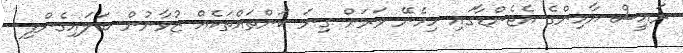
ރައީސް ޔާމިންގެ އެޖެންޑާގައި ހިމެނޭ ވަރަށް ގިނަ ކަންތައްތަކެއް ޒުވާނުން ބަލައިގެންފި